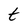
Character: t